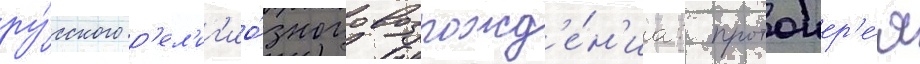
ру́сского р'ел'иг'ио́зного возрожд'е́н'иа: протоиер'е́я